Assam Mental Hospital (Tezpur, India) - 1933-1948
Year: 1933
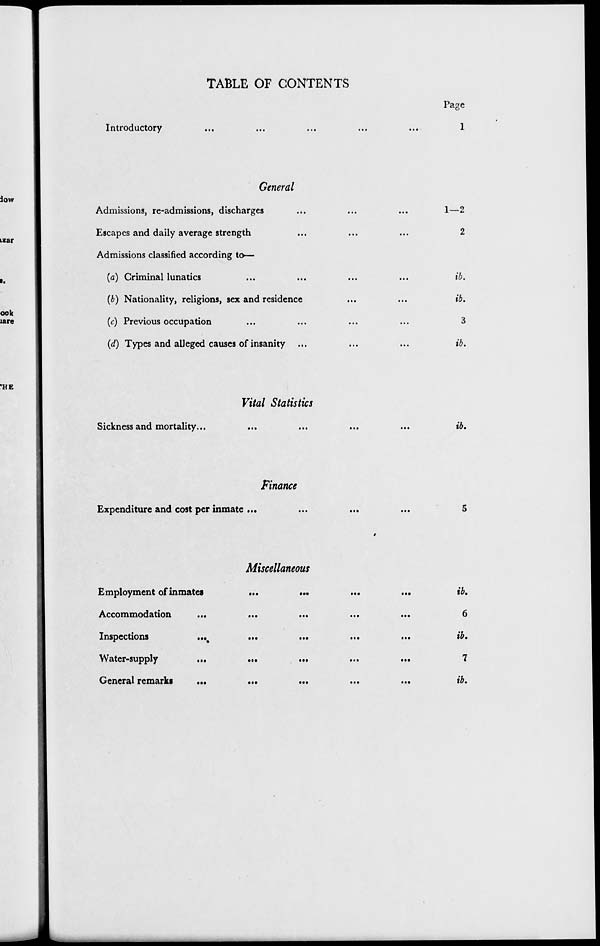
TABLE OF CONTENTS
Introductory ... ... ... ... ...
General
Admissions, re-admissions, discharges ... ... ...
Escapes and daily average strength ... ... ...
Admissions classified according to—
(a) Criminal lunatics ... ... ... ...
(b) Nationality, religions, sex and residence ... ...
(c) Previous occupation ... ... ... ...
(d) Types and alleged causes of insanity ... ... ...
Vital Statistics
Sickness and mortality... ... ... ... ...
Finance
Expenditure and cost per inmate ... ... ... ...
Miscellaneous
Employment of inmates
...
...
...
...
Accommodation
...
...
...
...
...
Inspections
...
...
...
...
...
Water-supply
...
...
...
...
...
General remarks
...
...
...
...
...
Page
1
1—2
2
ib.
ib.
3
ib.
ib.
5
ib.
6
ib.
7
ib.